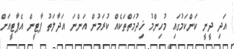
އަދި ދީނީ ކަންކަމުގައި މުހިންމު ޚިދުމަތްތަކެއް ކުރަމުން އަންނަ އަދާލަތު ޕާޓީން އެޕާޓީއަށް